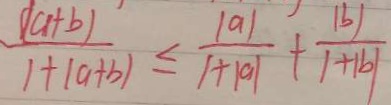
\frac { ( a + b ) } { 1 + ( a + b ) } \leq \frac { \vert a \vert } { 1 + \vert a \vert } + \frac { \vert b \vert } { 1 + \vert b \vert }